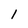
Character: 1